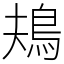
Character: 鳺